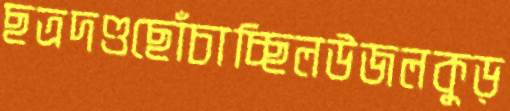
ছত্রদণ্ডছোঁচাচ্ছিলউজলকুড়